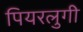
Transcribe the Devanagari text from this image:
पियरलुगी